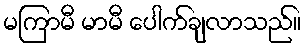
မကြာမီ မာမီ ပေါက်ချလာသည်။